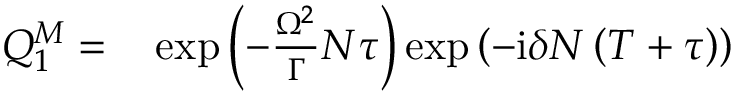
\begin{array} { r l } { Q _ { 1 } ^ { M } = } & { { } \exp \left( - \frac { \Omega ^ { 2 } } { \Gamma } N \tau \right) \exp \left( - \mathrm { i } \delta N \left( T + \tau \right) \right) } \end{array}